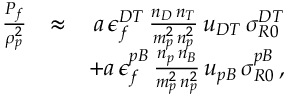
\begin{array} { r l r } { \frac { P _ { f } } { \rho _ { p } ^ { 2 } } } & { \approx } & { a \, \epsilon _ { f } ^ { D T } \, \frac { n _ { D } \, n _ { T } } { m _ { p } ^ { 2 } \, n _ { p } ^ { 2 } } \, u _ { D T } \, \sigma _ { R 0 } ^ { D T } } \\ & { } & { + a \, \epsilon _ { f } ^ { p B } \, \frac { n _ { p } \, n _ { B } } { m _ { p } ^ { 2 } \, n _ { p } ^ { 2 } } \, u _ { p B } \, \sigma _ { R 0 } ^ { p B } \, , } \end{array}